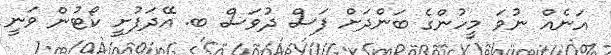
އަނެއް ނުވަ މީހުންގެ ބަންދަށް ފަސް ދުވަސް ބ. އޭދަފުށީ ކޯޓުން ވަނީ